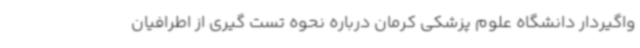
واگیردار دانشگاه علوم پزشکی کرمان درباره نحوه تست گیری از اطرافیان